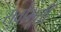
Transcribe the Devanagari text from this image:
सर्वाभूतीं